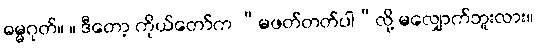
ဓမ္မဂုတ်။ ။ ဒီတော့ ကိုယ်တော်က “မဖတ်တတ်ပါ”လို့ မလျှောက်ဘူးလား။